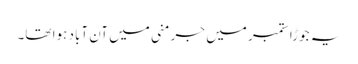
یہ جوڑا ستمبر میں جرمنی میں آن آباد ہوا تھا۔